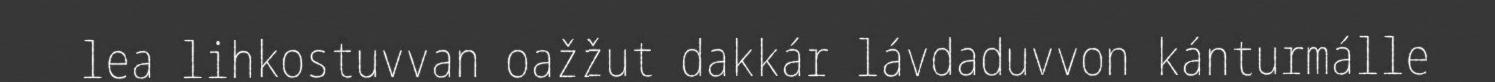
lea lihkostuvvan oažžut dakkár lávdaduvvon kánturmálle